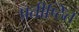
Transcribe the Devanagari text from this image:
प्रतीष्ठित